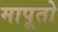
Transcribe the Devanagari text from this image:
मापूतो